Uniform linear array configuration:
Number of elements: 64
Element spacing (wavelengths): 1
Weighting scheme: uniform
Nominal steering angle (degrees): -15
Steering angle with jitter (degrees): -13.963
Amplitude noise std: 0.05
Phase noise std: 0.05

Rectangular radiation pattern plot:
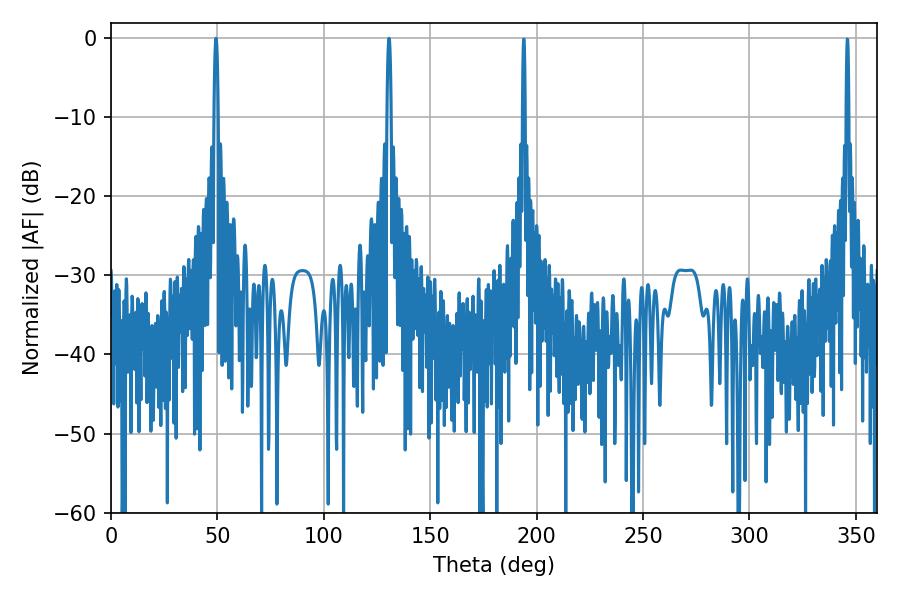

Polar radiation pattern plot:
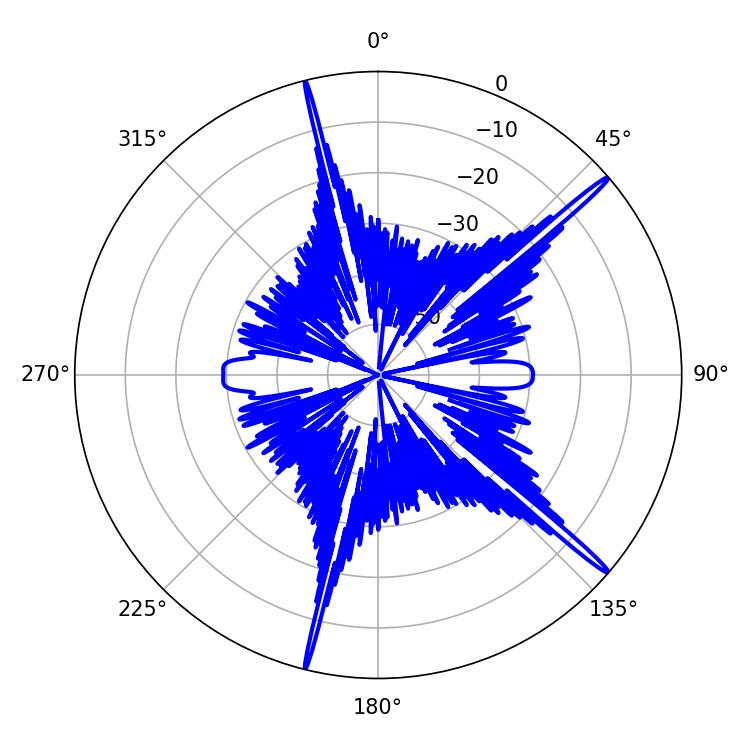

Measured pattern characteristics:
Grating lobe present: TRUE
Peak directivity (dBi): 18.478
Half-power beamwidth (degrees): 1.08
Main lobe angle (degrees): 49.32